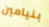
بنيامين